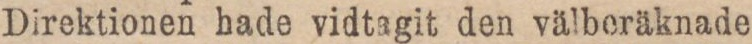
Direktionen hade vidtagit den välberäknade